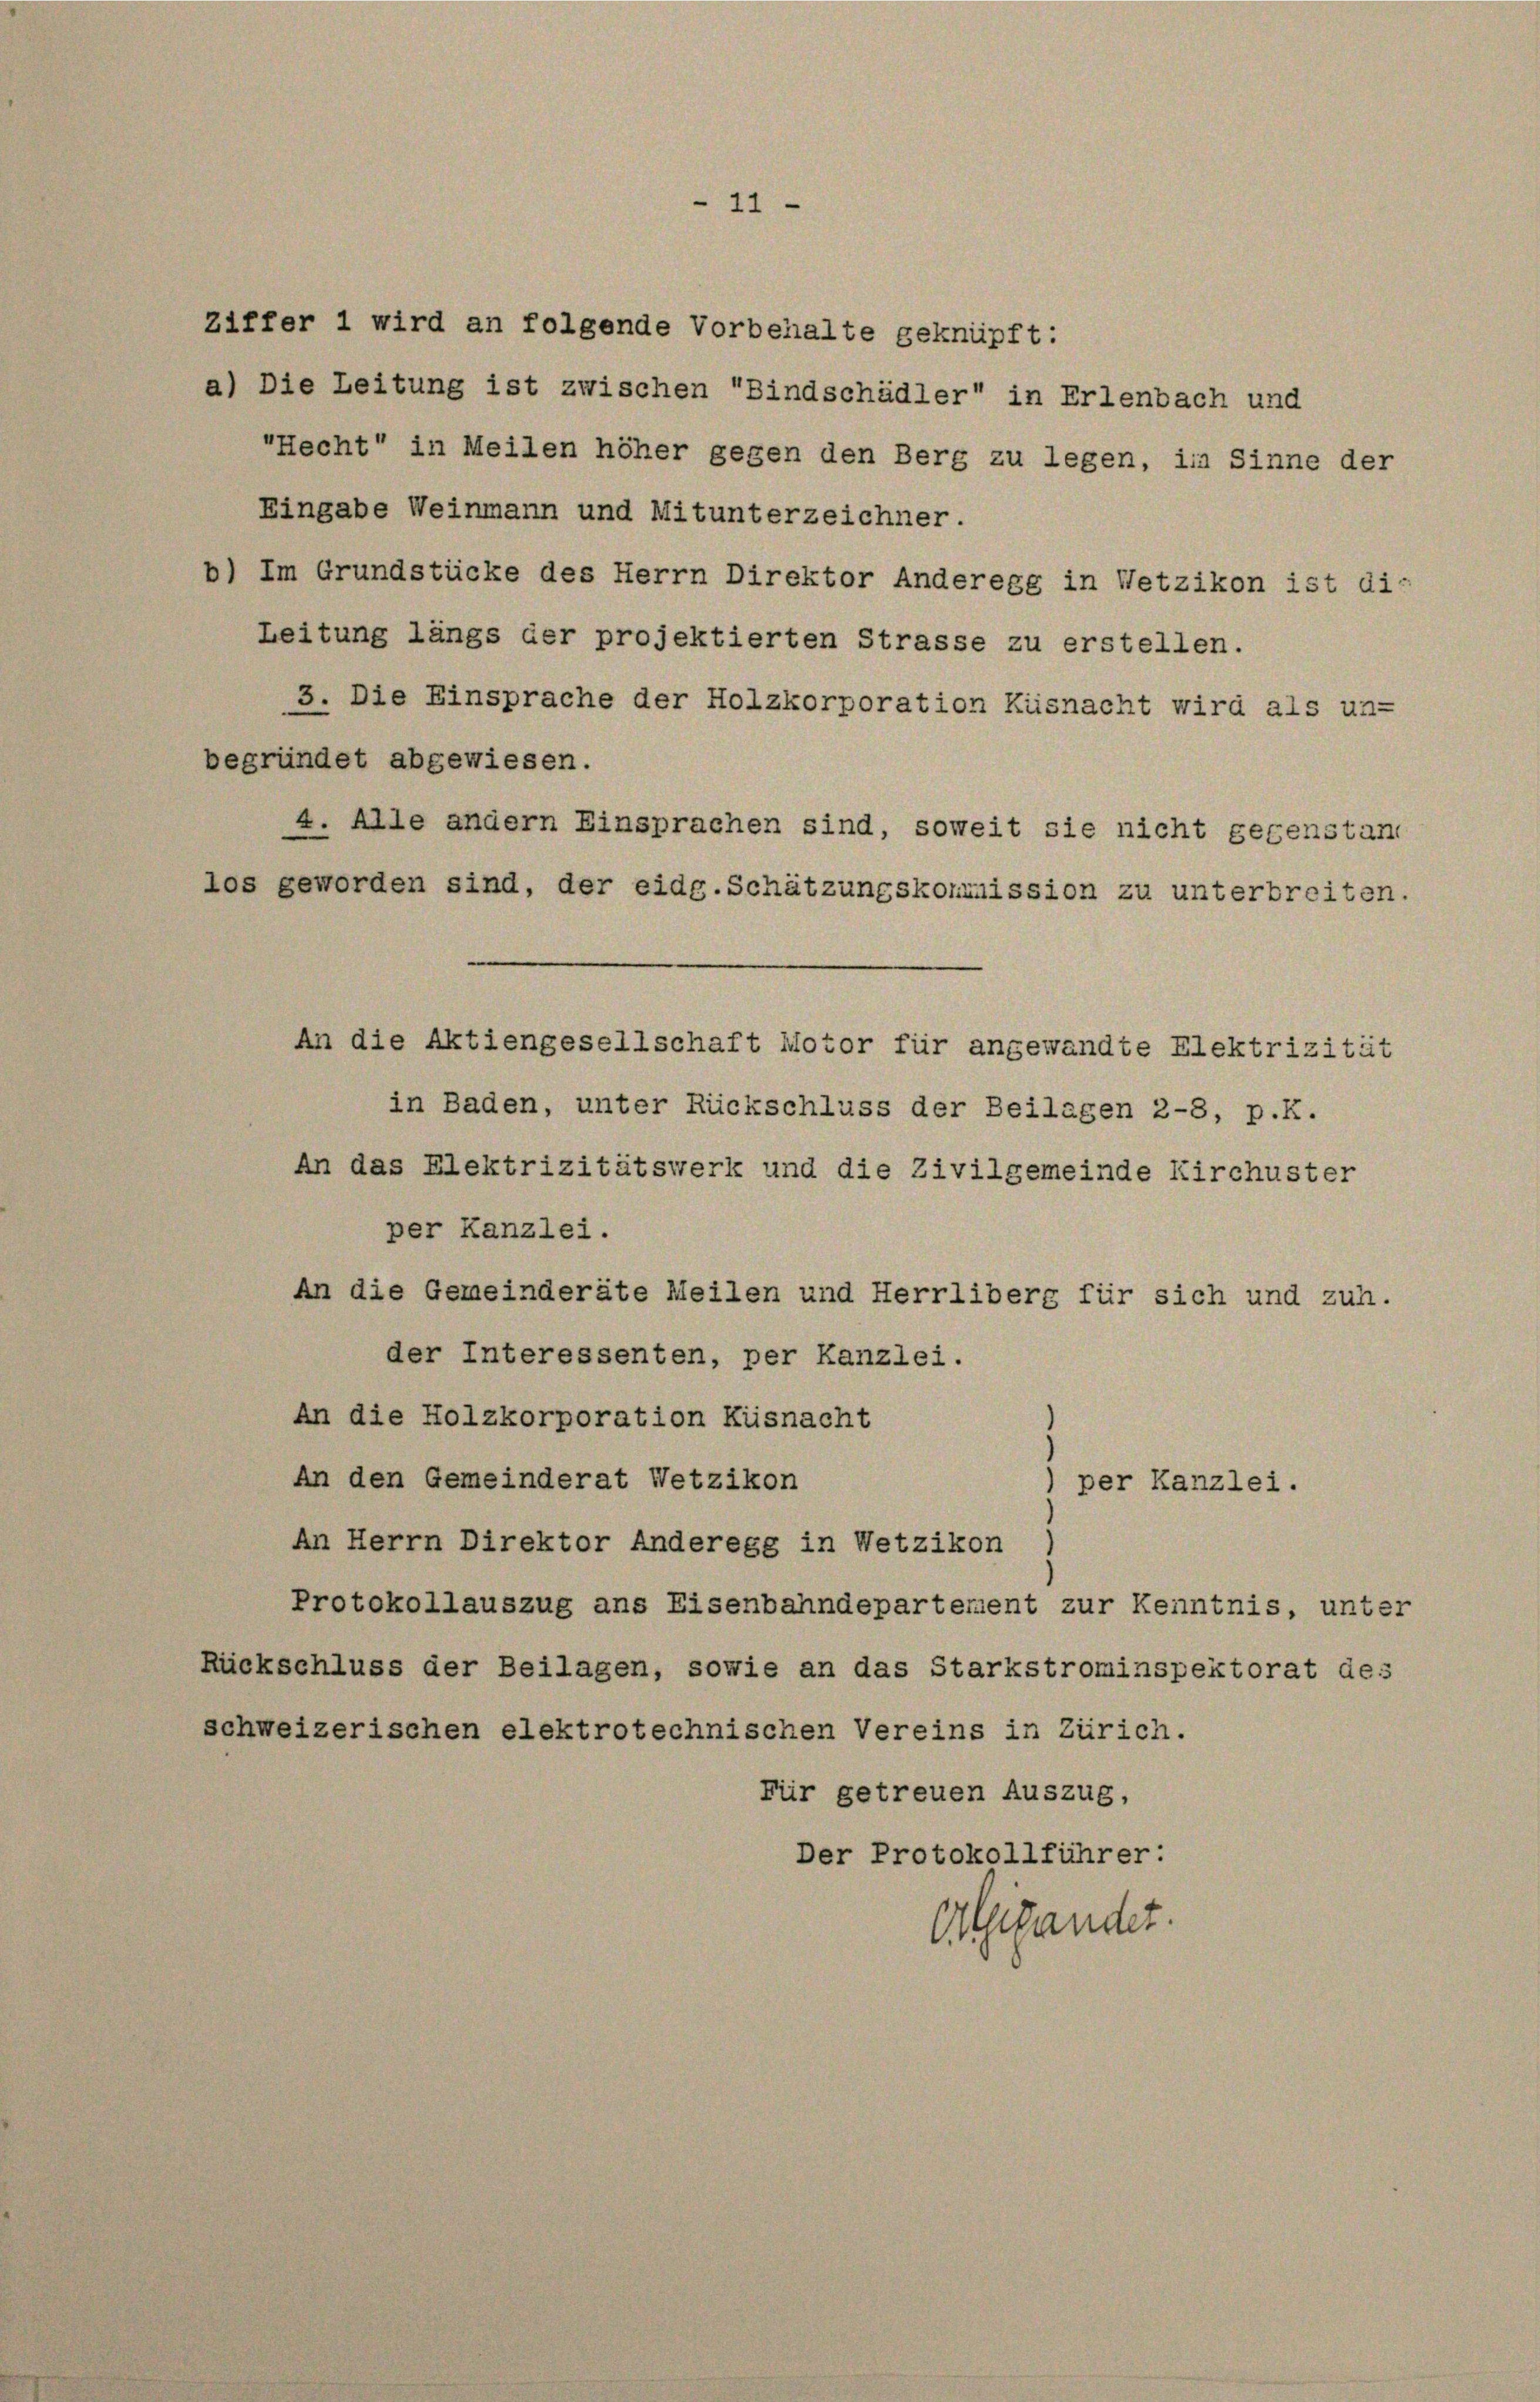
a) Die Leitung ist zwischen Bindschädler“ in Erlenbach und
3. Die Einsprache der Holzkorporation Küsnacht wird als un-
in Baden, unter Rückschluss der Beilagen 2-8, p.K.
An das Elektrizitätswerk und die Zivilgemeinde Kirchuster
per Kanzlei.
An die Gemeinderäte Meilen und Herrliberg für sich und zuh.
der Interessenten, per Kanzlei.
An die Holzkorporation Küsnacht
An den Gemeinderat Wetzikon
) per Kanzlei.
An Herrn Direktor Anderegg in Wetzikon
Protokollauszug ans Eisenbahndepartement zur Kenntnis, unter
Rückschluss der Beilagen, sowie an das Starkstrominspektorat des
schweizerischen elektrotechnischen Vereins in Zürich.
Für getreuen Auszug,
Der Protokollführer:
Egigandet.

Ziffer 1 wird an folgende Vorbehalte geknüpft:

"

11.

"Hecht“ in Meilen höher gegen den Berg zu legen, im Sinne der
Eingabe Weinmann und Mitunterzeichner.
Leitung längs der projektierten Strasse zu erstellen.
begründet abgewiesen.
4. Alle andern Einsprachen sind, soweit sie nicht gegenstan
los geworden sind, der eidg.Schätzungskommission zu unterbreiten.

b) Im Grundstücke des Herrn Direktor Anderegg in Wetzikon ist die

An die Aktiengesellschaft Motor für angewandte Elektrizität